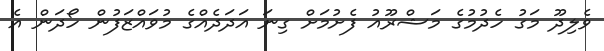
ވެލިދޫ މަގު ހެދުމުގެ މަޝްރޫއު ފެށުމަށް ގިނަ އަދަދެއްގެ މުވައްޒަފުން ހޯދަން އެ